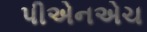
પીએનએચ